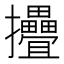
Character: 㩹